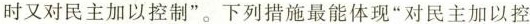
时又对民主加以控制”。下列措施最能体现”对民主加以控